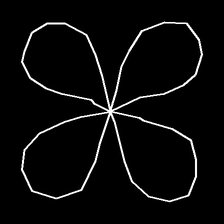
Glyph: billowing